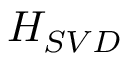
H _ { S V D }